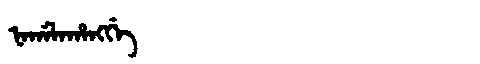
Manchu: ᠨᠠᡤᠠᠯᠠᡥᠠᠩᡤᡝ
Romanization: NAGALAHANGGE